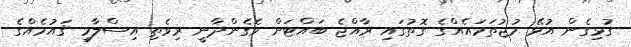
ގުޅިގެން އުޅޭ މުޖުތަމައެއްގެ ގޮތުގައި ރާއްޖެ ބައްޓަން ވެގެންދާނީ ރިވެތި އިސްލާމީ ޤައުމެއްގެ